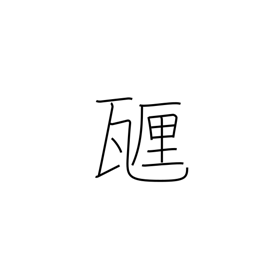
Meaning: centigram